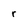
Character: r